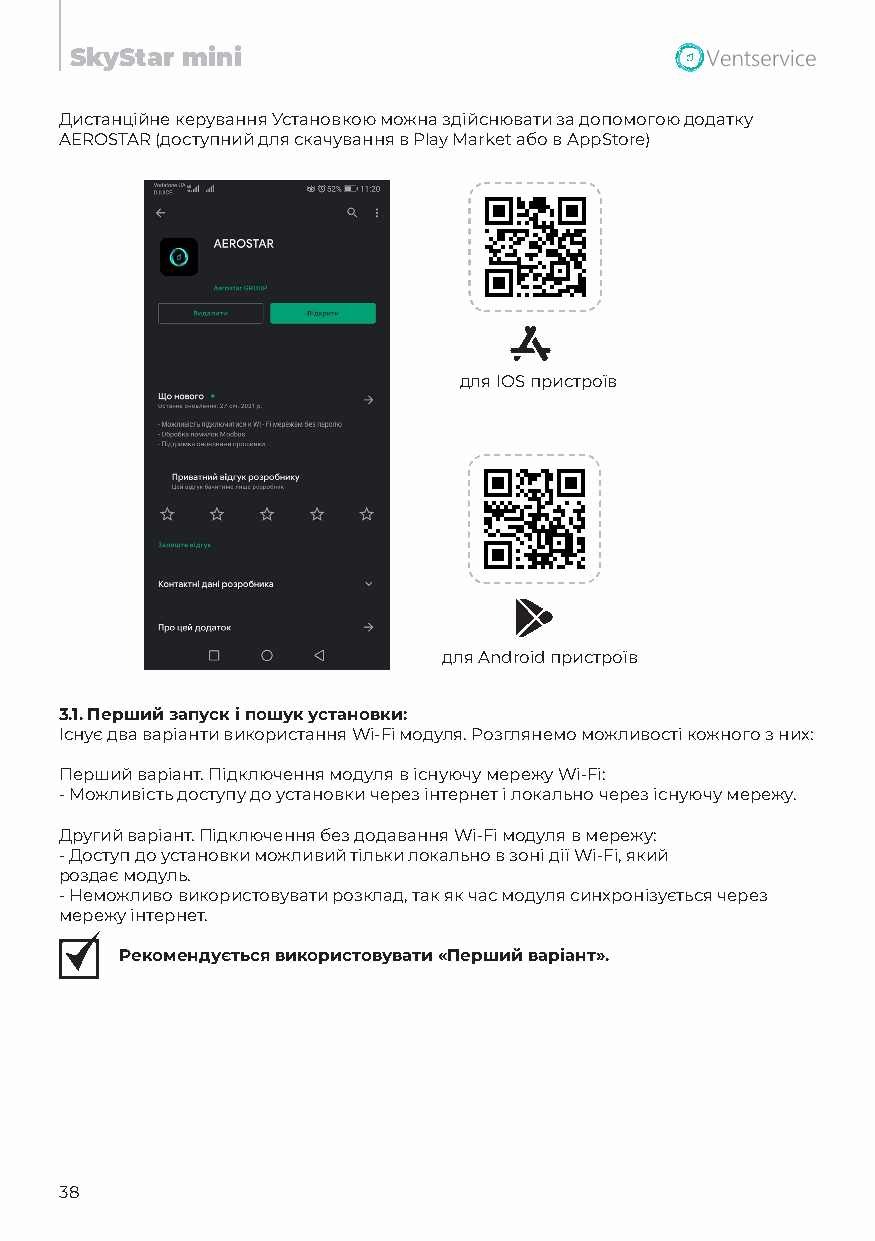
SkyStar mini
 Дистанційне керування Установкою можна здійснювати за допомогою додатку
 AEROSTAR (доступний для скачування в Play Market або в AppStore)
 для IOS пристроїв
 для Android пристроїв
 3.1. Перший запуск і пошук установки:
 Існує два варіанти використання Wi-Fi модуля. Розглянемо можливості кожного з них:
 Перший варіант. Підключення модуля в існуючу мережу Wi-Fi:
 - Можливість доступу до установки через інтернет і локально через існуючу мережу.
 Другий варіант. Підключення без додавання Wi-Fi модуля в мережу:
 - Доступ до установки можливий тільки локально в зоні дії Wi-Fi, який
 роздає модуль.
 - Неможливо використовувати розклад, так як час модуля синхронізується через
 мережу інтернет.
 Рекомендується використовувати «Перший варіант».
 38